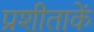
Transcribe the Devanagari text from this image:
प्रशीताकें